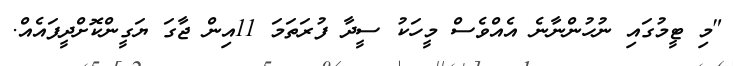
"މި ޓީމުގައި ނުހުންނާނެ އެއްވެސް މީހަކު ސީދާ ފުރަތަމަ 11އިން ޖާގަ ޔަގީންކޮށްދީފައެއް.